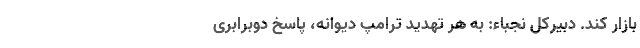
بازار کند. دبیرکل نُجَباء: به هر تهدید ترامپ دیوانه، پاسخ دوبرابری